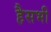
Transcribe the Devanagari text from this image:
हैसभी